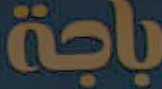
باجة